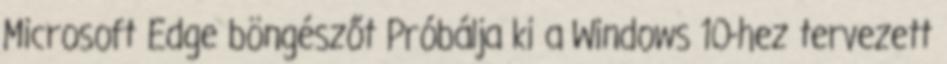
Microsoft Edge böngészőt Próbálja ki a Windows 10-hez tervezett